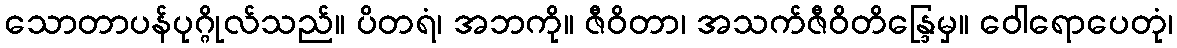
သောတာပန်ပုဂ္ဂိုလ်သည်။ ပိတရံ၊ အဘကို။ ဇီဝိတာ၊ အသက်ဇီဝိတိန္ဒြေမှ။ ဝေါရောပေတုံ၊